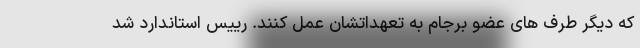
که دیگر طرف های عضو برجام به تعهداتشان عمل کنند. رییس استاندارد شد